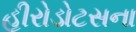
હીરોડોટસના